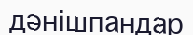
дәнішпандар